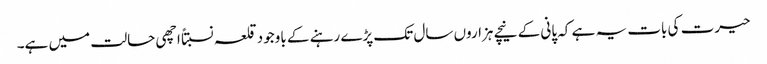
حیرت کی بات یہ ہے کہ پانی کے نیچے ہزاروں سال تک پڑے رہنے کے باوجود قلعہ نسبتاً اچھی حالت میں ہے۔